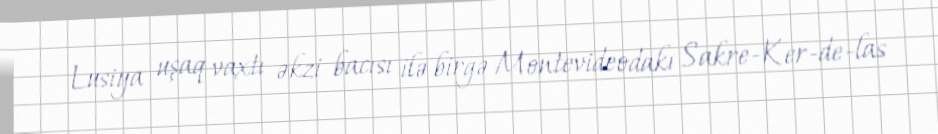
Lusiya uşaq vaxtı əkzi bacısı ilə birgə Montevideodakı Sakre-Ker-de-las